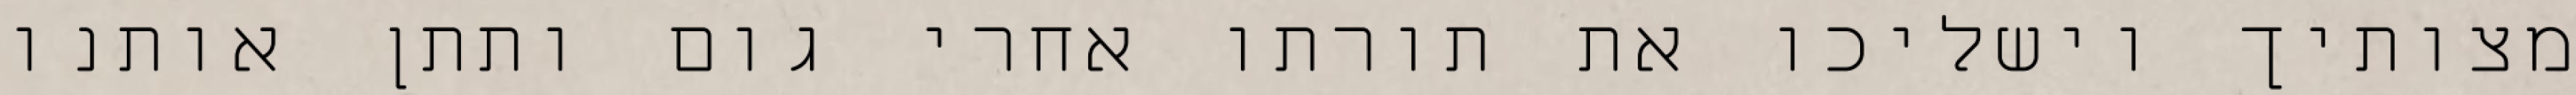
מצותיך וישליכו את תורתו אחרי גום ותתן אותנו